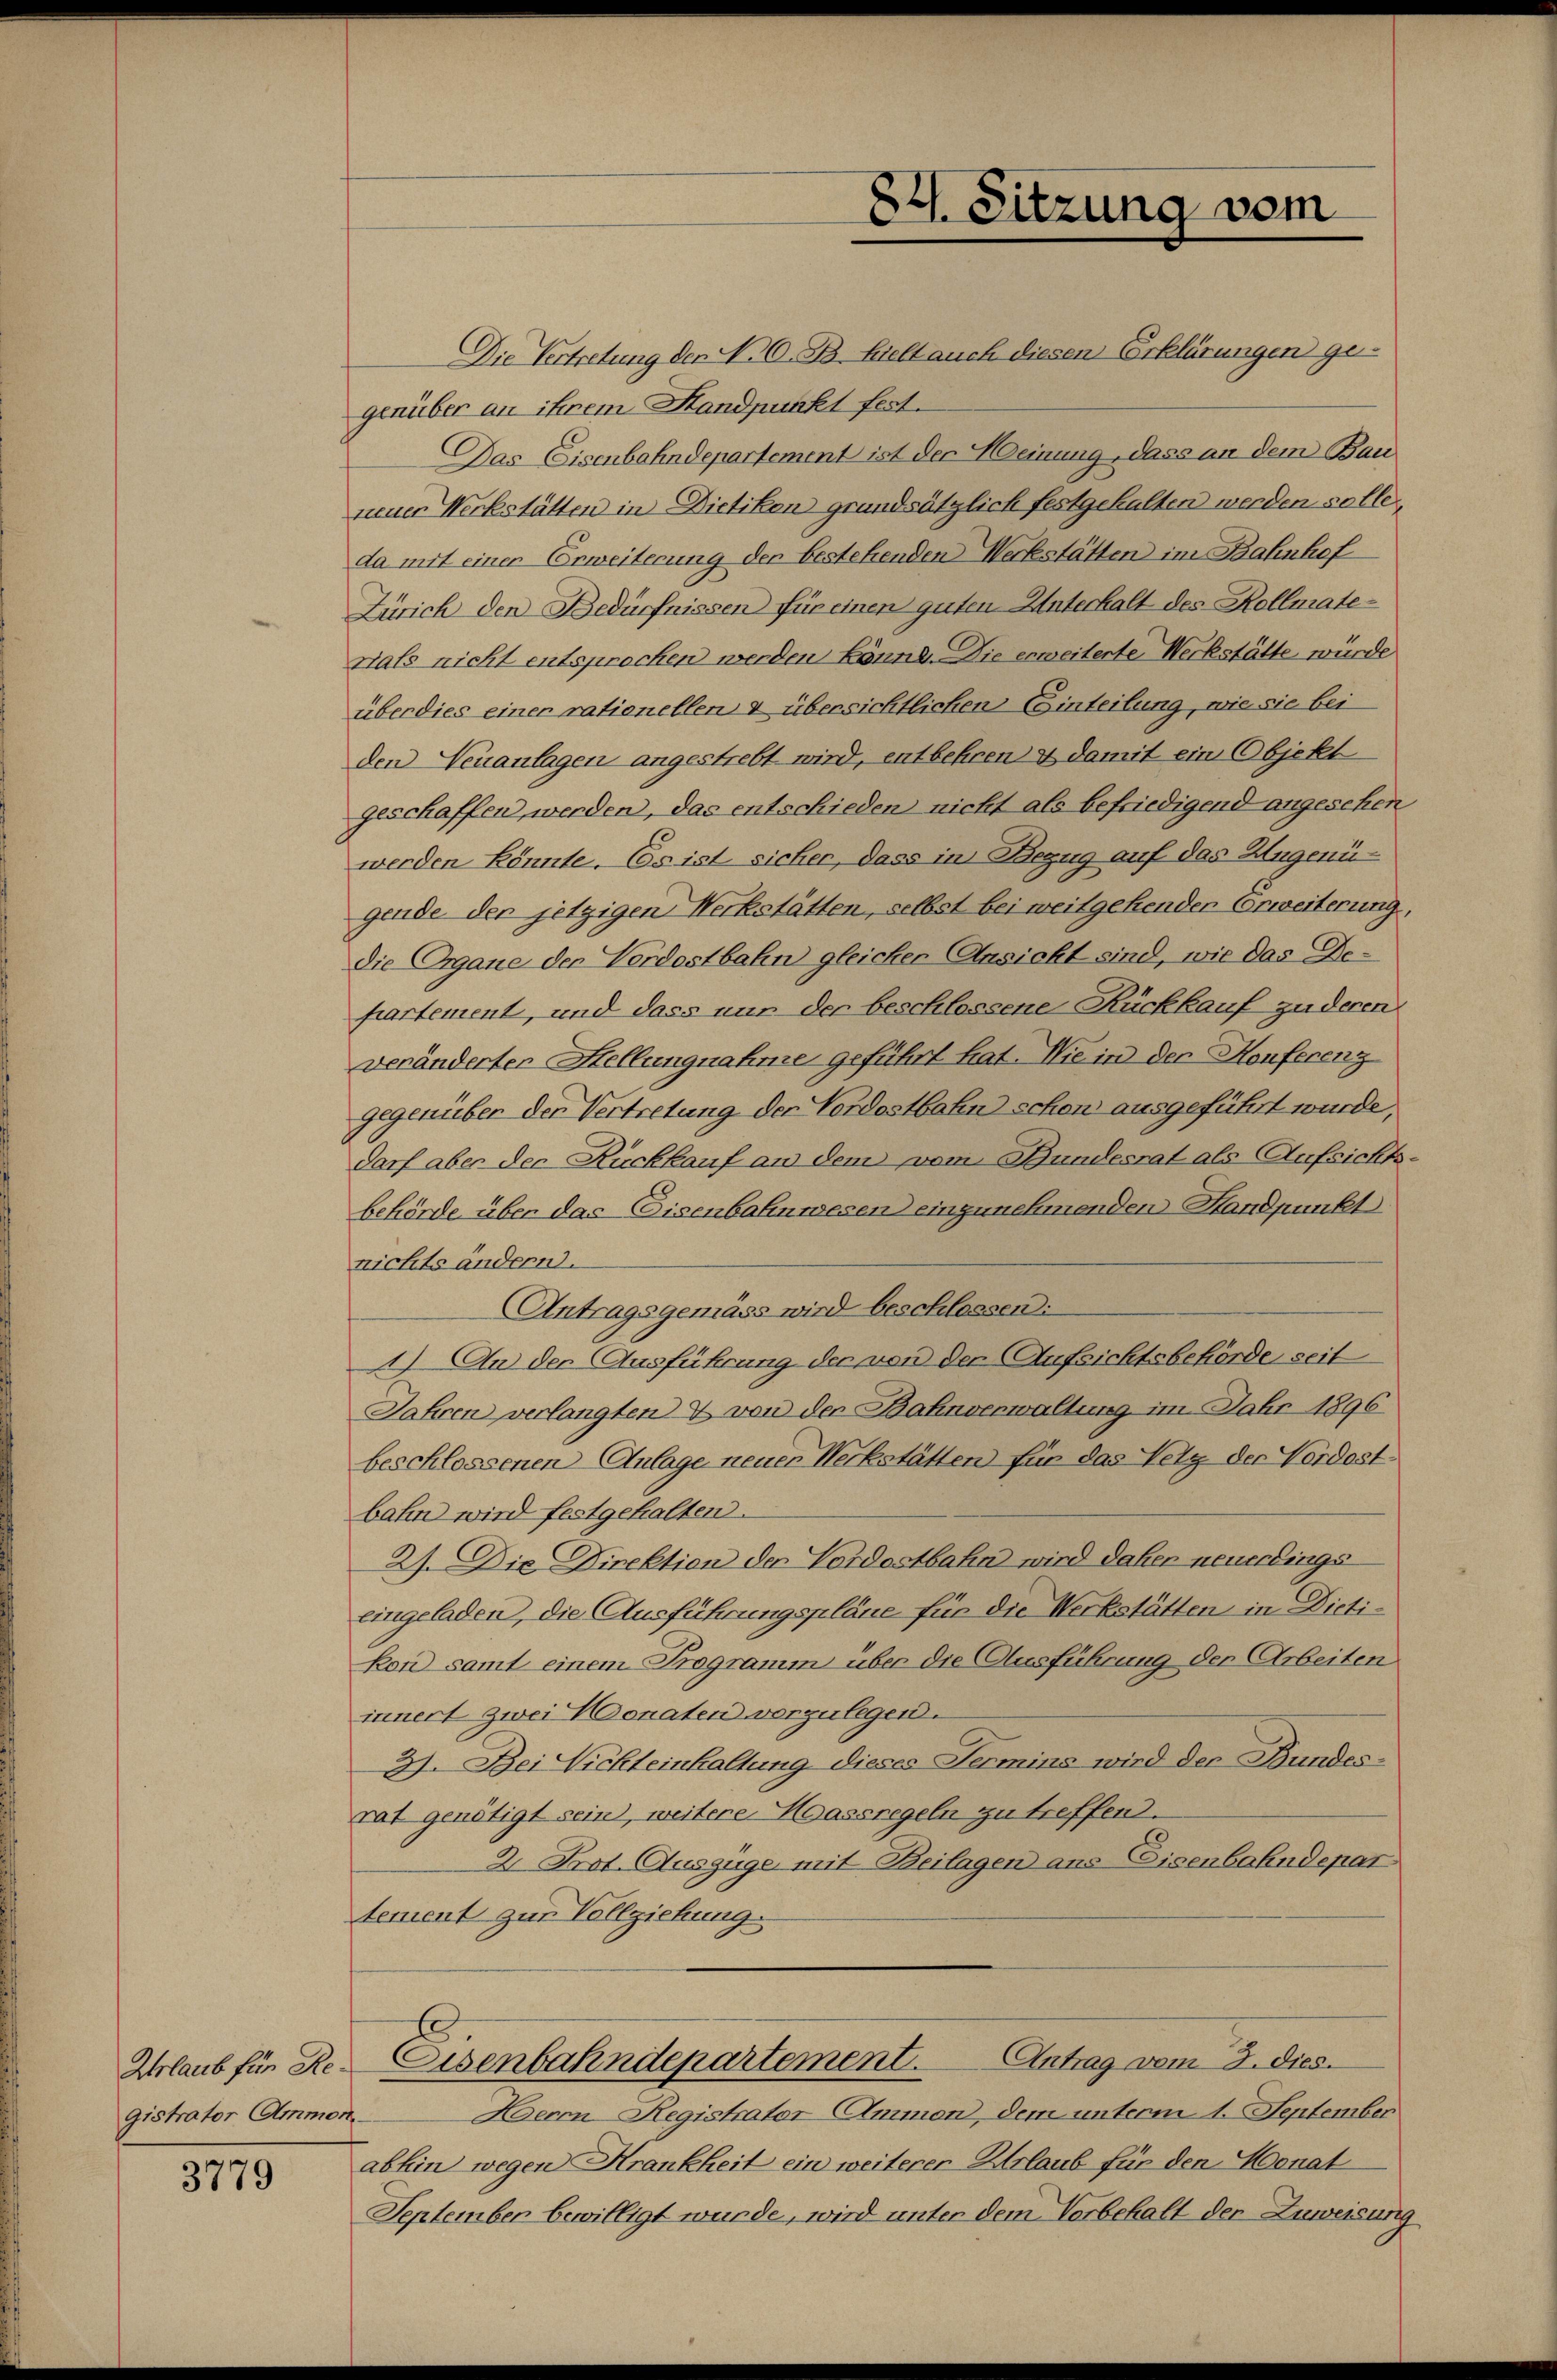
gistrator Ammon

3779

Die Vertretung der N. O. B. hielt auch diesen Erklärungen ge-
genüber an ihrem Standpunkt fest.
Das Eisenbahndepartement ist der Heinung, dass an dem Bauneuer Werkstätten in Dietikon grundsätzlich festgehalten werden solle.
da mit einer Erweiterung der bestehenden Werkstätten im Bahnhof
Zürich den Bedürfnissen für einen guten Unterhalt des Kollmate-
nats nicht entsprochen werden könnte. Die erweiterte Werkstätte würde
überdies einer rationellen & übersichtlichen Einteilung, wie sie bei
den Neuanlagen angestrebt wird, entbehren & damit ein Objekt
geschaffen werden, das entschieden nicht als befriedigend angesehen
werden könnte. Es ist sicher, dass in Bezug auf das Augenügende der jetzigen Werkstätten, selbst bei weitgehenden Erweiterung,
die Organe der Verdostbahn gleicher Ansicht sind, wie das Departement, und dass nur der beschlossene Rückkauf zu deren
veränderter Hellungnahme geführt hat. Wie in der Konferenz
gegenüber der Vertretung der Vordostbahn schon ausgeführt wurde,
darf aber der Rückkauf an dem vom Bundesrat als Aufsichtsbehörde über das Eisenbahnwesen einzunehmenden Standpunkt
nichts ändern.
Antragsgemäss wird beschlossen:
1) An der Ausführung der von der Aufsichtsbehörde seit
Jahren verlangten & von der Bahnverwaltung im Jahr 1896
beschlossenen Anlage neues Werkstätten für das Vetz der Verdost
bahn wird festgehalten.
2). Die Direktion der Vordostbahn wird daher neuerdings
eingeladen, die Ausführungspläne für die Werkstätten in Dictikon samt einem Programm über die Ausführung der Arbeiten
innert zwei Monaten vorzulegen.
2). Bei Nichteinhaltung dieses Termins wird der Bundes-
rat genötigt sein, weitere Massregeln zu treffend.
2 Prot. Auszüge mit Beilagen ans Eisenbahndepar
tement zur Vollziehung.
Urlaub für de Eisenbahndepartement. Antrag vom 3. dies
Herrn Registrator Ammen, dem unterm 1. September
abhin wegen Krankheit ein weiterer Urlaub für den Monat
September bewilligt wurde, wird unter dem Vorbehalt der Zuweisung

84. Sitzung vom